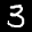
Label: 3